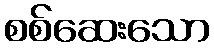
စစ်ဆေးသော